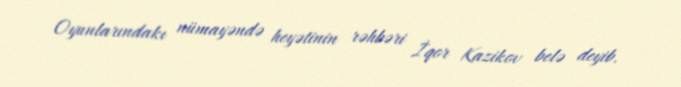
Oyunlarındakı nümayəndə heyətinin rəhbəri İqor Kazikov belə deyib.